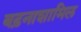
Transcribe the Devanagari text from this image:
बढ़नाशामिल